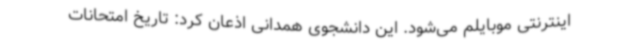
اینترنتی موبایلم می‌شود. این دانشجوی همدانی اذعان کرد: تاریخ امتحانات